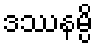
ဒဿနမ္ပိ